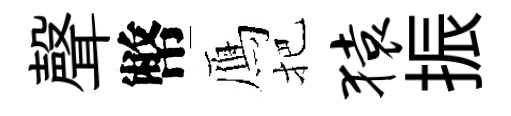
聲幣鴈把猿振